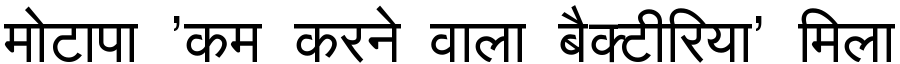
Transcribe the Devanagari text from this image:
मोटापा 'कम करने वाला बैक्टीरिया' मिला